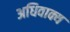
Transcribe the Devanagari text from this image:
अधिवाक्य